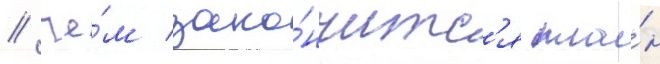
/ че́м зако́нчитс'я пла́н